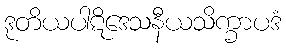
ဒုတိယပါဋိဒေသနီယသိက္ခာပဒံ